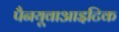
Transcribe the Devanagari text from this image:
पैनयूवाआइटिक